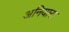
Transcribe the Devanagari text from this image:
अनियारा